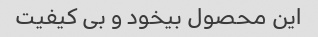
این محصول بیخود و بی کیفیت